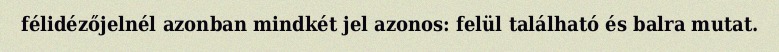
félidézőjelnél azonban mindkét jel azonos: felül található és balra mutat.